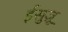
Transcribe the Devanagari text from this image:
ईसुज़ू